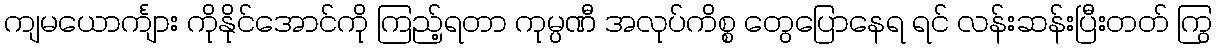
ကျမယောင်္ကျား ကိုနိုင်အောင်ကို ကြည့်ရတာ ကုမ္ပဏီ အလုပ်ကိစ္စ တွေပြောနေရ ရင် လန်းဆန်းပြီးတတ် ကြွ